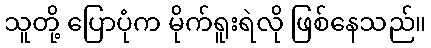
သူတို့ ပြောပုံက မိုက်ရူးရဲလို ဖြစ်နေသည်။